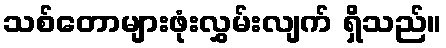
သစ်တောများဖုံးလွှမ်းလျက် ရှိသည်။